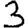
Digit: 3